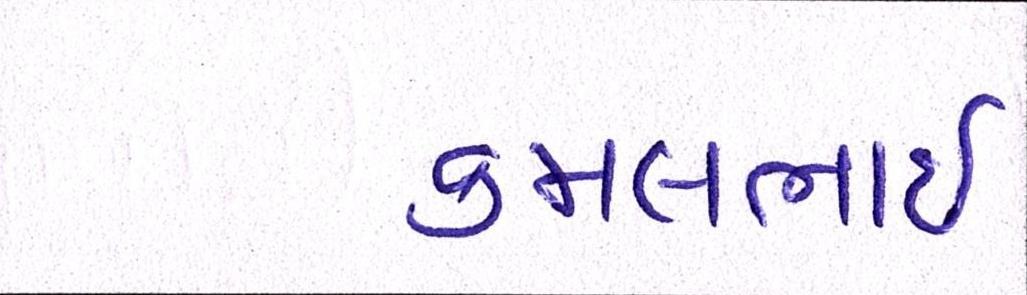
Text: કમલભાઇ